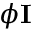
\phi \mathbf { I }